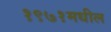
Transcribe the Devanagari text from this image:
१९७१मधील